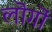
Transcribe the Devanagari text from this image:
लॊगॊं